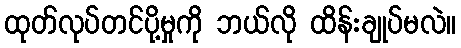
ထုတ်လုပ်တင်ပို့မှုကို ဘယ်လို ထိန်းချုပ်မလဲ။